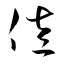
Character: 佐